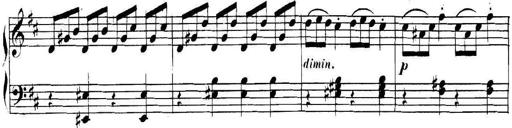
Title: Collected Piano Sonatas
Composer: Muzio Clementi